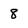
Character: 8